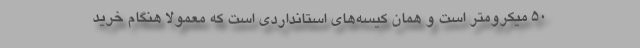
۵۰ میکرومتر است و همان کیسه‌های استانداردی است که معمولا هنگام خرید